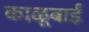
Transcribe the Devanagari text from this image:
काळूबाई